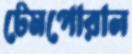
টেমপোরাল